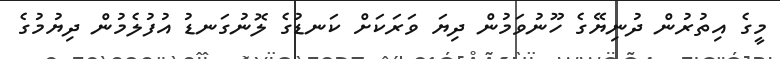
މީގެ އިތުރުން ދުނިޔޭގެ ހޫނުވަމުން ދިޔަ ވަރަކަށް ކަނޑުގެ ލޮނުގަނޑު އުފުލެމުން ދިޔުމުގެ